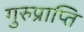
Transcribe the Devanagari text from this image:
गुरुप्राप्ति